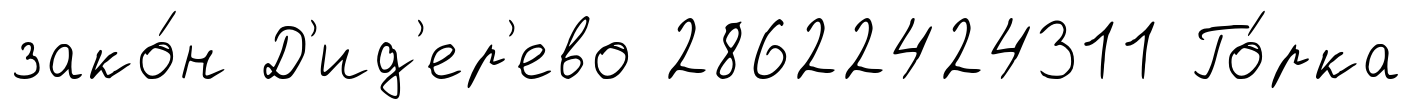
зако́н Д'ид'ер'ево 28622424311 Го́рка